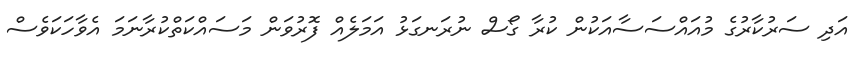
އަދި ސަރުކާރުގެ މުއައްސަސާއަކުން ކުރާ ގޯސް ނުރަނގަޅު އަމަލެއް ފޮރުވަން މަސައްކަތްކުރާނަމަ އެވާހަކަވެސް